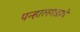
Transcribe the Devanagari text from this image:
पन्हालगडाचे